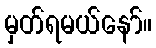
မှတ်ရမယ်နော်။